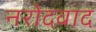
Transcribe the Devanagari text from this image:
नरोदवाद